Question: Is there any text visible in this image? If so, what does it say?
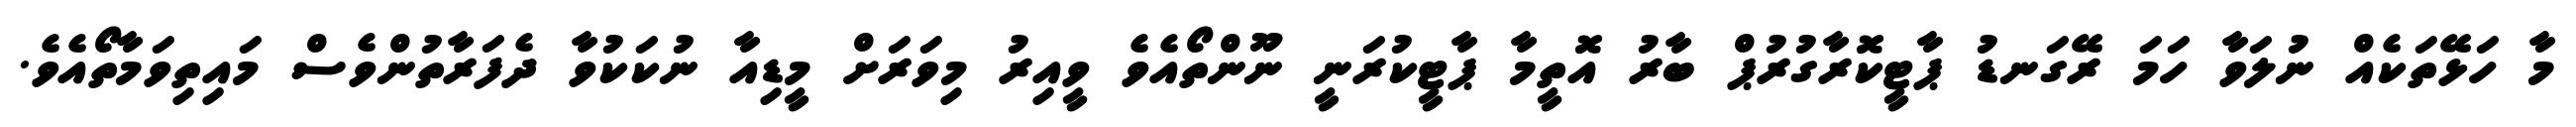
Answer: މާ ހަޅޭތަކެއް ނުލަވާ ހަމަ ރޭގަނޑު ޕާޓީކޮރާގުރުޕް ބާރު އޮތީމާ ޕާޓީކުރަނީ ނޫންތޯއެވެ ވީއިރު މިވަރަށް މީޑިއާ ނުކަކުވާ ދެފަރާތުންވެސް މައިތިވަމާތޯއެވެ.